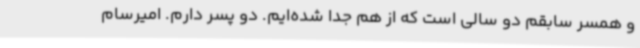
و همسر سابقم دو سالی است که از هم جدا شده‌ایم. دو پسر دارم. امیرسام